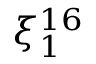
\xi _ { 1 } ^ { 1 6 }